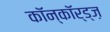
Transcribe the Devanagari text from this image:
कॉन्कॉर्ड्ज़